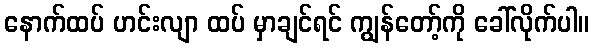
နောက်ထပ် ဟင်းလျာ ထပ် မှာချင်ရင် ကျွန်တော့်ကို ခေါ်လိုက်ပါ။